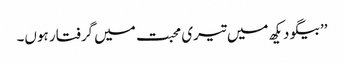
’’بیگو دیکھ میں تیری محبت میں گرفتار ہوں۔